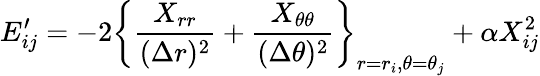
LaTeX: E_{ij}^{\prime}=-2\left\{ \frac{X_{rr}}{(\Delta r)^{2}}+\frac{X_{\theta\theta}}{(\Delta\theta)^{2}}\right\} _{r=r_{i},\theta=\theta_{j}}+\alpha X_{ij}^{2}